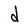
Character: d